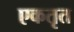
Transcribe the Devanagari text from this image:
एकतृत